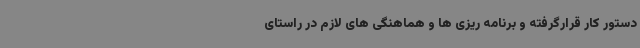
دستور کار قرارگرفته و برنامه ریزی ها و هماهنگی های لازم در راستای